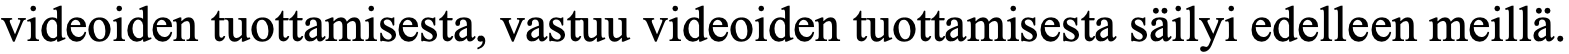
videoiden tuottamisesta, vastuu videoiden tuottamisesta säilyi edelleen meillä.